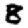
Digit: 8